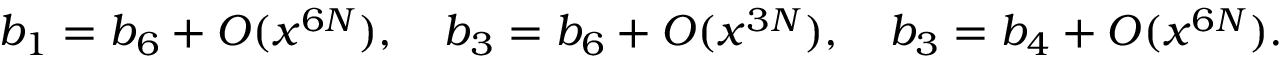
b _ { 1 } = b _ { 6 } + O ( x ^ { 6 N } ) , \quad b _ { 3 } = b _ { 6 } + O ( x ^ { 3 N } ) , \quad b _ { 3 } = b _ { 4 } + O ( x ^ { 6 N } ) .